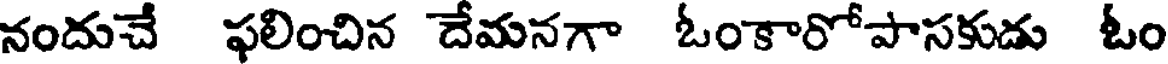
నందుచే ఫలించిన దేమనగా ఓంకారోపాసకుడు ఓం